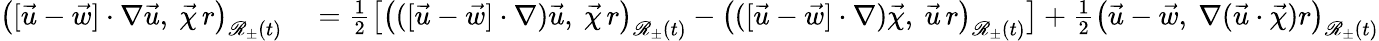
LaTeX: \begin{array}{rl}{\bigl([\vec{u}-\vec{w}]\cdot\nabla\vec{u},~\vec{\chi}\, r\bigr)_{\mathscr{R}_{\pm}(t)}}&{{}=\frac{1}{2}\left[\bigl(([\vec{u}-\vec{w}]\cdot\nabla)\vec{u},~\vec{\chi}\, r\bigr)_{\mathscr{R}_{\pm}(t)}-\bigl(([\vec{u}-\vec{w}]\cdot\nabla)\vec{\chi},~\vec{u}\, r\bigr)_{\mathscr{R}_{\pm}(t)}\right]+\frac{1}{2}\bigl(\vec{u}-\vec{w},~\nabla(\vec{u}\cdot\vec{\chi})r\bigr)_{\mathscr{R}_{\pm}(t)}}\end{array}